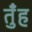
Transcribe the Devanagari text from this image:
तुँह